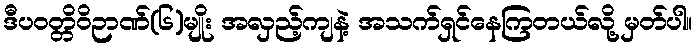
ဒီပဝတ္တိဝိဉာဏ်(၆)မျိုး အလှည့်ကျနဲ့ အသက်ရှင်နေကြတယ်လို့ မှတ်ပါ။